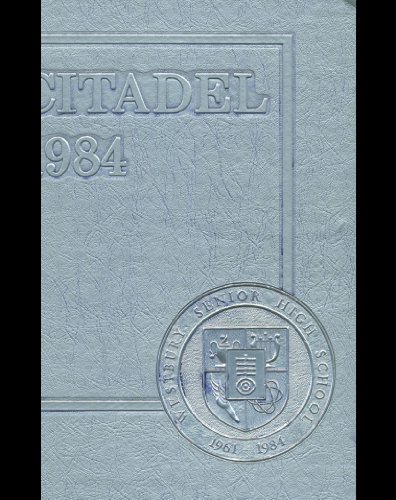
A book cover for (Reprint) 1984 Yearbook: Westbury High School, Houston, Texas; Reference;